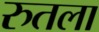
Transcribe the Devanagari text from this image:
रुतला